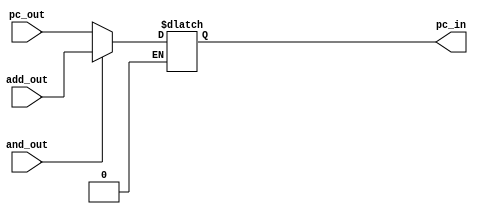
`timescale 1ns / 1ps
//////////////////////////////////////////////////////////////////////////////////
// Company: 
// Engineer: 
// 
// Design Name:    Zezhong Wang
// Module Name:    MUXtoPC 
// Project Name:  
// Target Devices: 
// Tool versions: 
// Description: 
//
// Dependencies: 
//
// Revision: 
// Revision 0.01 - File Created
// Additional Comments: 
//
//////////////////////////////////////////////////////////////////////////////////

module MUXtoPC(pc_out, add_out, and_out, pc_in);
  input [31:0] pc_out;
  input [31:0] add_out;
  input and_out;
  output reg [31:0] pc_in;
  
  always @(and_out,pc_out,add_out)
    begin
      if(and_out == 1)
        pc_in <= add_out;
      else if(and_out == 0)
        pc_in <= pc_out;
    end
endmodule